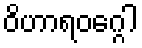
ဝိဟာရဝဂ္ဂေါ